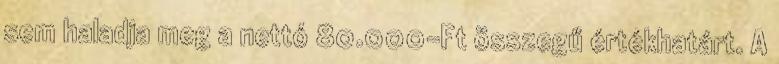
sem haladja meg a nettó 80.000-Ft összegű értékhatárt. A